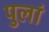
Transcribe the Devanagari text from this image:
पुलां